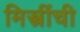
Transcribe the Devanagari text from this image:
मिस्त्रींची